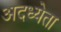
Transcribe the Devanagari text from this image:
अदध्येता